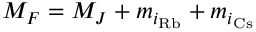
M _ { F } = M _ { J } + m _ { i _ { \mathrm { R b } } } + m _ { i _ { \mathrm { C s } } }